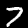
Digit: 7